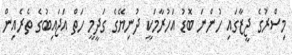
މިސްރުގެ ޖީޒާގައި ހުންނަ ބޮޑު އަހުރާމަކީ ދުނިޔޭގެ ގަދީމީ ހަތް އަޖައިބުގެ ތެރެއިން